Lunatic asylums Punjab 1868-1880 - 1868-1880
Year: 1868
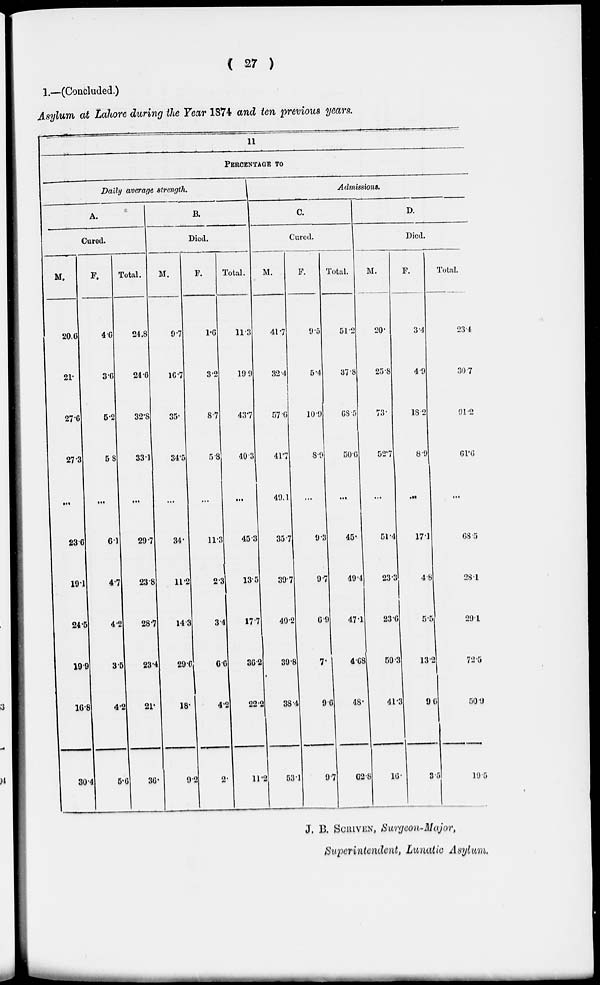
( 27 )
1.—(Concluded.)
Asylum at Lahore during the Year 1874 and ten previous years.
11
PERCENTAGE TO
Daily average strength.
A.
Cured.
M.
20.6
21.
27.6
27.3
...
23.6
19.1
24.5
19.9
16.8
30.4
F.
4.6
3.6
5.2
5.8
...
6.1
4.7
4.2
3.5
4.2
5.6
Total.
24.8
24.6
32.8
33.1
...
29.7
23.8
28.7
23.4
21.
36.
B.
Died.
M.
9.7
16.7
35.
34.5
...
34.
11.2
14.3
29.0
18.
9.2
F.
1.6
3.2
8.7
5.8
...
11.3
2.3
3.4
6.6
4.2
2.
Total.
11.3
19.9
43.7
40.3
...
45.3
13.5
17.7
36.2
22.2
11.2
Admissions,
C.
Cured.
M.
41.7
32.4
57.6
41.7
49.1
35.7
39.7
40.2
39.8
38.4
53.1
F.
9.5
5.4
10.9
8.9
...
9.3
9.7
6.9
7.
9.6
9.7
Total.
51.2
37.8
68.5
50.6
...
45.
49.4
47.1
4.68
48.
62.8
D.
Died.
M.
20.
25.8
73
52.7
...
51.4
23.3
23.6
59.3
41.3
16
F.
3.4
4.9
18.2
8.9
...
17.1
4.8
5.5
13.2
9.6
3.5
Total.
23.4
30.7
91.2
61.6
...
68.5
28.1
29.1
72.5
50.9
19.5
J. B. SCRIVEN, Surgeon-Major,
Superintendent, Lunatic Asylum.